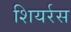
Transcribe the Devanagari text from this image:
शियर्रस